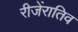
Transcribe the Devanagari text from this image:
रीजेंरातिव